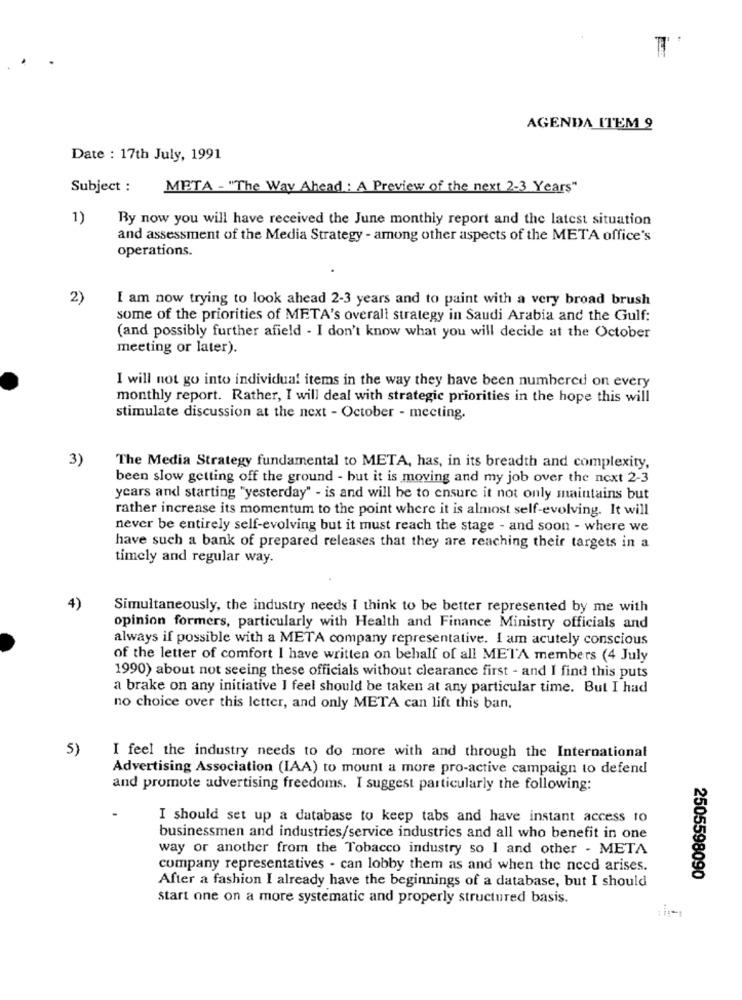
AGENDA ITEM 9
Date : 17th July, 1991
Subject :
META - "The Way Ahead: A Preview of the next 2-3 Years"
1)
Ry now you will have received the June monthly report and the latest situation
and assessment of the Media Strategy - among other aspects of the META office's
operations.
2)
I am now trying to look ahead 2-3 years and to paint with a very broad brush
some of the priorities of META's overall strategy in Saudi Arabia and the Gulf:
(and possibly further afield - I don't know what you will decide at the October
meeting or later).
I will not go into individual items in the way they have been numbered on every
monthly report. Rather, I will deal with strategic priorities in the hope this will
stimulate discussion at the next - October - meeting.
3)
The Media Strategy fundamental to META, has, in its breadth and complexity,
been slow getting off the ground - but it is moving and my job over the next 2-3
years and starting "yesterday" - is and will be to ensure it not only maintains but
rather increase its momentum to the point where it is almost self-evolving. It will
never be entirely self-evolving but it must reach the stage - and soon - where we
have such a bank of prepared releases that they are reaching their targets in a
timely and regular way.
4)
Simultaneously, the industry needs I think to be better represented by me with
opinion formers, particularly with Health and Finance Ministry officials and
always if possible with a META company representative. I am acutely conscious
of the letter of comfort I have written on behalf of all META members (4 July
1990) about not seeing these officials without clearance first - and I find this puts
a brake on any initiative I feel should be taken at any particular time. But I had
no choice over this letter, and only META can lift this ban.
5)
I feel the industry needs to do more with and through the International
Advertising Association (IAA) to mount a more pro-active campaign to defend
and promote advertising freedoms. I suggest particularly the following:
I should set up a database to keep tabs and have instant access to
businessmen and industries/service industries and all who benefit in one
way or another from the Tobacco industry so I and other - META
company representatives - can lobby them as and when the need arises.
2505598090
After a fashion I already have the beginnings of a database, but I should
start one on a more systematic and properly structured basis.